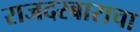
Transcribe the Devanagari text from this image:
राजदरबाराचा